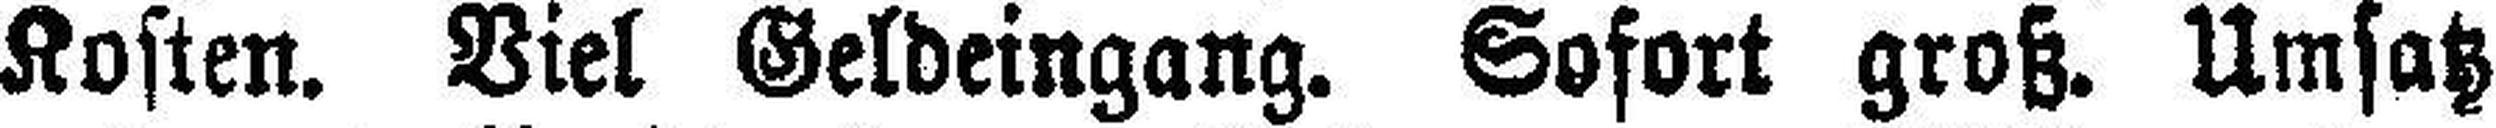
Kosten. Viel Geldeingang. Sofort groß. Umsatz